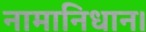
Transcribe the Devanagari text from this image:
नामानिधान।